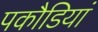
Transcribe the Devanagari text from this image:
पकौडियां